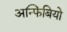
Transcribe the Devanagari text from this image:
अन्फिबियो